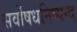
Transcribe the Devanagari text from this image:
सर्वोषधनिष्यन्द